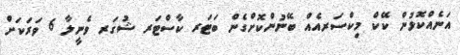
އަނެއްކޮޅުން ކޭކް މިކްސަރއެއް ބޭނުންކޮށްގެން ބަޓަރ ކާސްޓަރ ޝުގަރ ވެނީލާ 6 ވަރަކަށް